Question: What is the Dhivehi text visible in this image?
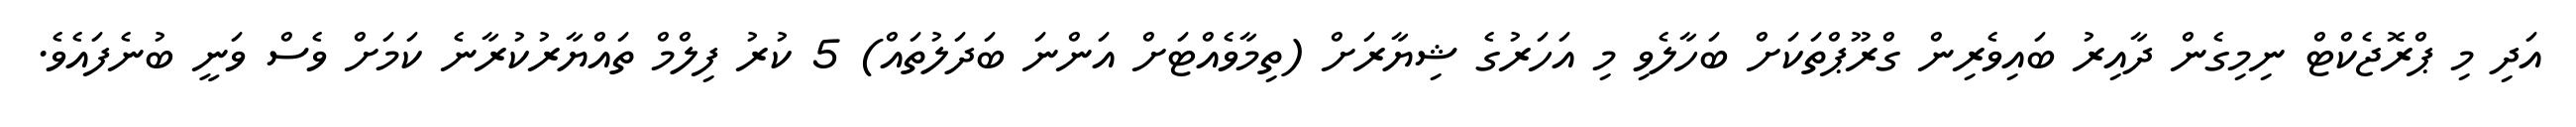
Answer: އަދި މި ޕްރޮޖެކްޓް ނިމިގެން ދާއިރު ބައިވެރިން ގްރޫޕްތަކަށް ބަހާލެވި މި އަހަރުގެ ޝިޔާރަށް (ތިމާވެއްޓަށް އަންނަ ބަދަލުތައް) 5 ކުރު ފިލްމް ތައްޔާރުކުރާނެ ކަމަށް ވެސް ވަނީ ބުނެފައެވެ.